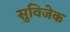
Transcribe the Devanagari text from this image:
सुविजेक